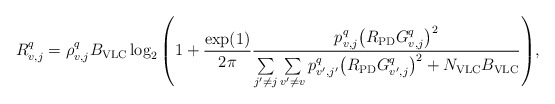
\begin{align*}R_{v,j}^q={ \rho_{v,j}^q B_{\rm VLC} \log_2 \left({ 1 + {\frac{\exp(1)}{2\pi}} \frac{p_{v,j}^{q} {\left( {{R_{\rm{PD}}}{G_{v,j}^{q}}} \right)}^2} {\sum\limits_{j'\ne j} {\sum\limits_{v'\ne v} p_{v',j'}^{q} {\left( {{R_{\rm{PD}}}{G_{v',j}^{q}}} \right)}^2 } + N_{\rm VLC}B_{\rm VLC}} } \right)},\end{align*}